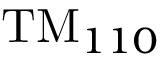
\mathrm { T M } _ { 1 1 0 }